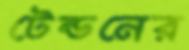
টেন্ডনের